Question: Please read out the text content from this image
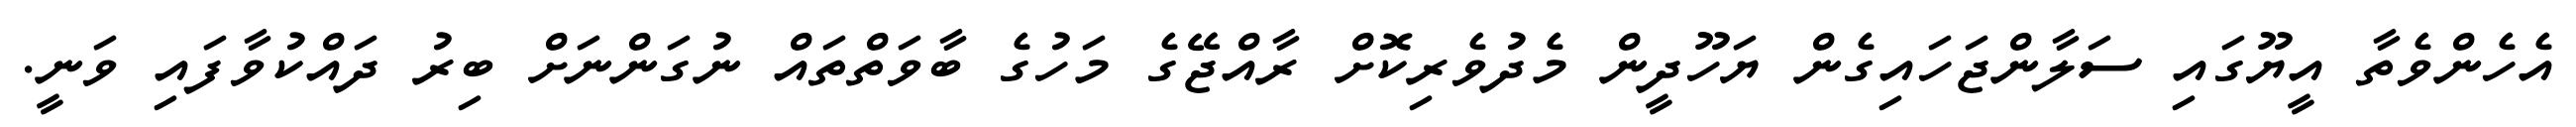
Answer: އެހެންވެތާ އީޔޫގައި ސަލާންޖަހައިގެން ޔަހޫދީން މެދުވެރިކޮށް ރާއްޖޭގެ މަހުގެ ބާވަތްތައް ނުގަންނަށް ބިރު ދައްކުވާފައި ވަނީ.